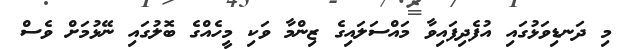
މި ދަނޑިވަޅުގައި އުފެދިފައިވާ މައްސަލައިގެ ޒިންމާ ވަކި މީހެއްގެ ބޮލުގައި ނޭޅުމަށް ވެސް